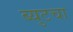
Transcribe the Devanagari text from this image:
ब्युटचा